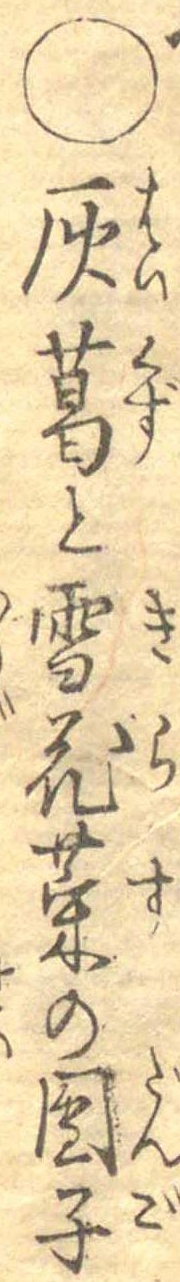
○灰葛と雪花菜の団子